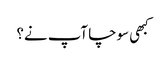
کبھی سوچا آپ نے؟